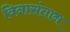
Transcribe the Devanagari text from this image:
विनासंतान